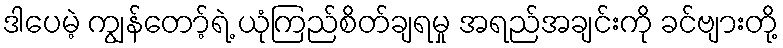
ဒါပေမဲ့ ကျွန်တော့်ရဲ့ ယုံကြည်စိတ်ချရမှု အရည်အချင်းကို ခင်ဗျားတို့